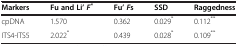
<table><thead><tr><td><b>Markers</b></td><td><b>Fu and Li’ <i>F</i><sup>*</sup></b></td><td><b>Fu’ <i>F</i>s</b></td><td><b>SSD</b></td><td><b>Raggedness</b></td></tr></thead><tbody><tr><td>cpDNA</td><td>1.570</td><td>0.362</td><td>0.029<sup>*</sup></td><td>0.112<sup>**</sup></td></tr><tr><td>ITS4-ITS5</td><td>2.022<sup>*</sup></td><td>0.439</td><td>0.028<sup>*</sup></td><td>0.109<sup>**</sup></td></tr></tbody></table>